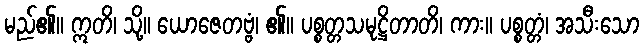
မည်၏။ ဣတိ၊ သို့။ ယောဇေတဗ္ဗံ၊ ၏။ ပစ္စတ္တသမုဋ္ဌိတာတိ၊ ကား။ ပစ္စတ္တံ၊ အသီးသော